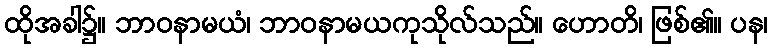
ထိုအခါ၌။ ဘာဝနာမယံ၊ ဘာဝနာမယကုသိုလ်သည်။ ဟောတိ၊ ဖြစ်၏။ ပန၊